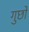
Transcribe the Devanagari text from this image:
गुछो